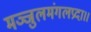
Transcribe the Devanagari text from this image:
मञ्जुलमंगलप्रदा।।